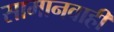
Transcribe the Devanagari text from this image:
सामानवाही